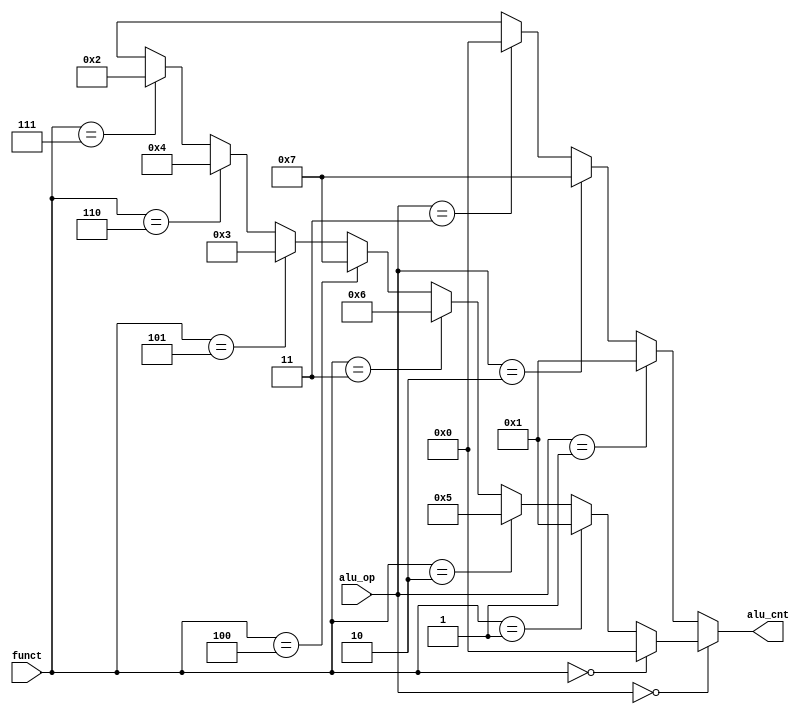
`timescale 1ns / 1ps



module alu_control(
   input [2:0] alu_op,
	input [5:0] funct,
	output reg [3:0] alu_cnt
	);
	
	
	always @(*) begin
			alu_cnt = alu_op == 3'b000 ? (						// R-Type:
							funct == 6'b000000 ? 4'b0000 :				// ADD
							funct == 6'b000001 ? 4'b0001 :				// SUB
							funct == 6'b000010 ? 4'b0101 :				// AND
							funct == 6'b000011 ? 4'b0110 :				//	OR
							funct == 6'b000100 ? 4'b0111 : 				//	SLT
							funct == 6'b000101 ? 4'b0011 :				// LSL
							funct == 6'b000110 ? 4'b0100 :				// LSR
							funct == 6'b000111 ? 4'b0010 : 				// NOT
							4'bX) 
					 
					 : alu_op == 3'b001 ? 4'b0001					      // BEQ
					 : alu_op == 3'b010 ? 4'b0111					      // SLTI
					 : alu_op == 3'b011 ? 4'b0000     					// ADDI, LW, SW
					 : 4'bX;
	end


endmodule